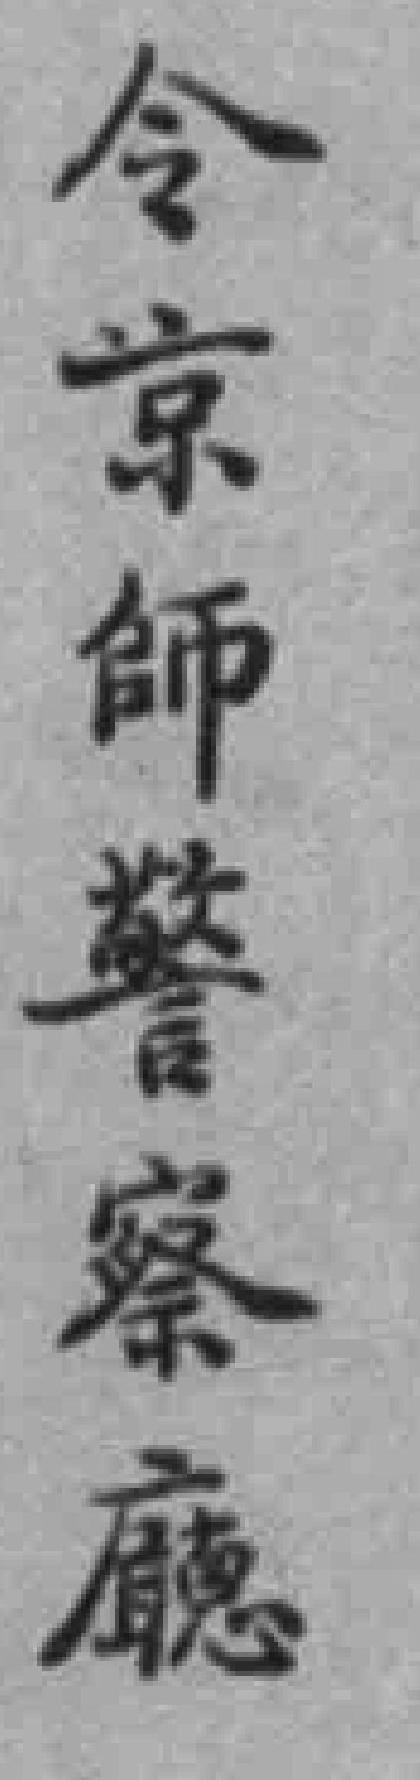
令京師警察廳